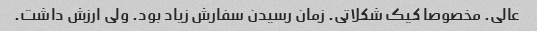
عالی. مخصوصا کیک شکلاتی. زمان رسیدن سفارش زیاد بود. ولی ارزش داشت.